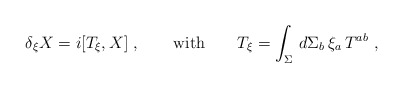
\begin{align*}\delta_{\xi} X = i [T_{\xi}, X]\ , \qquad {\rm with}\qquad T_{\xi} =\int_{\Sigma}\, d\Sigma_b\, \xi_a\, T^{ab}\ ,\end{align*}